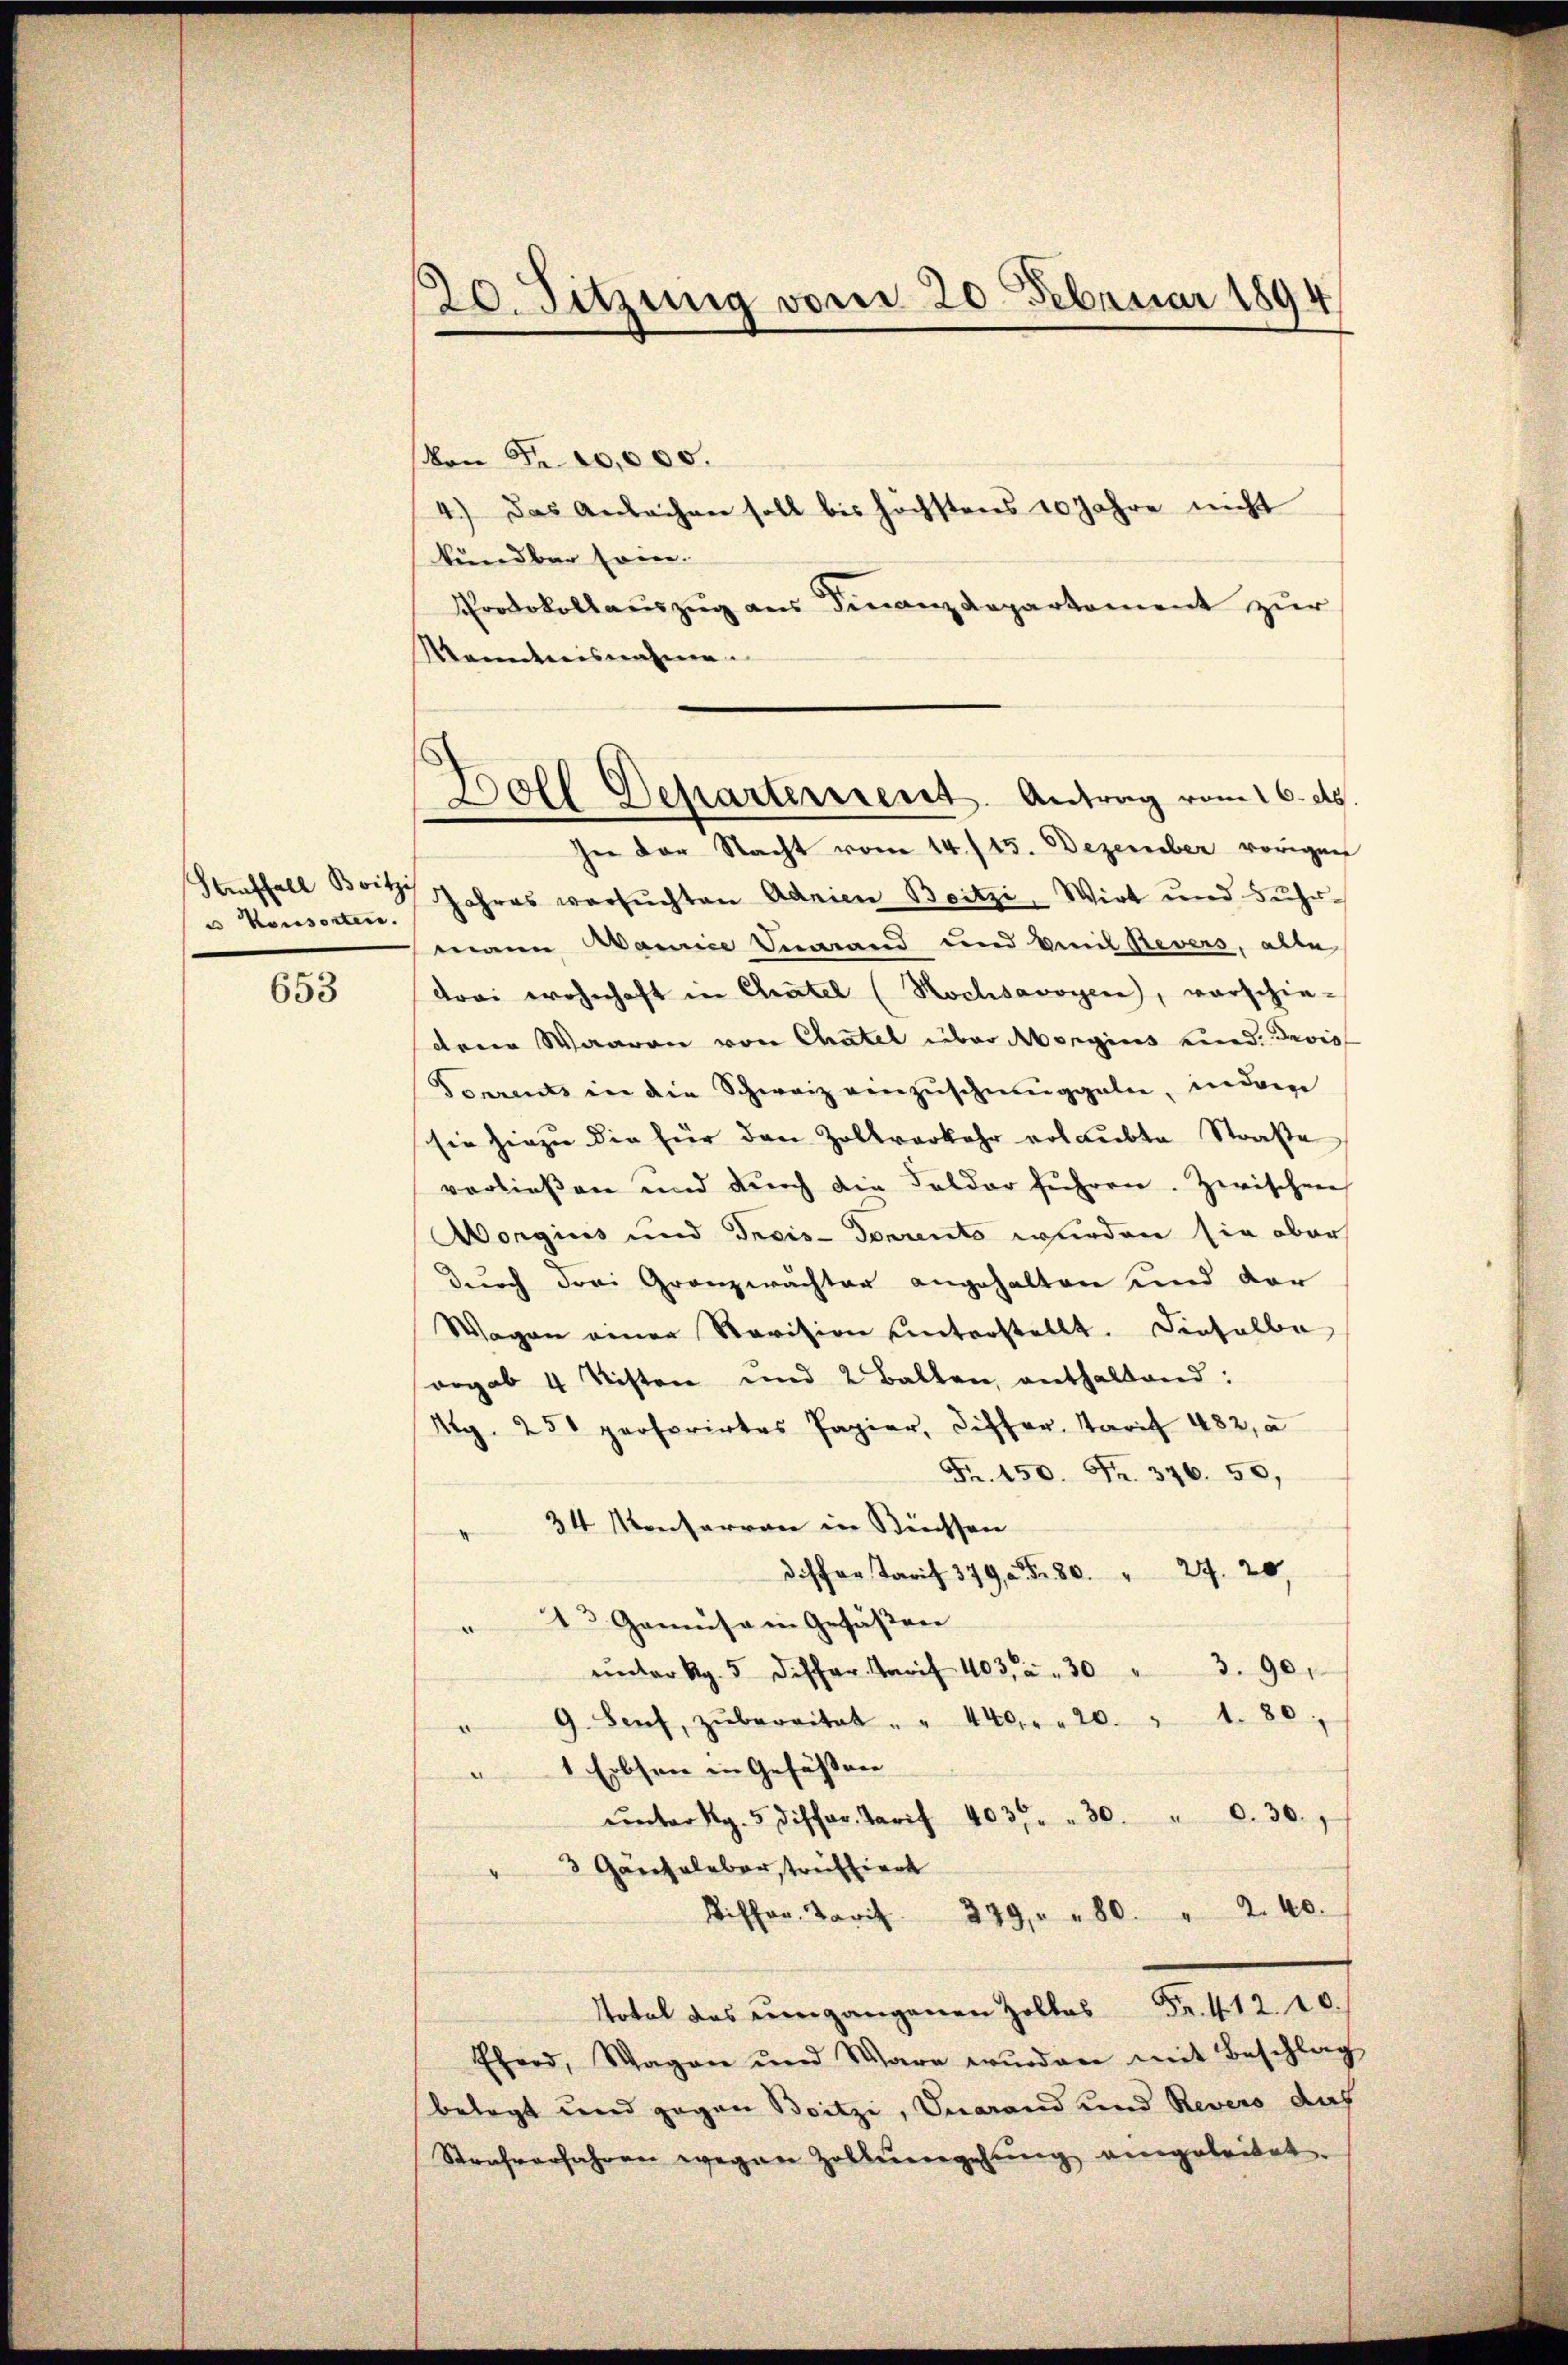
u Konsorten.
653

20. Sitzung vom 20. Februar 1894

Boll Departement. Antrag vom 16. ds.

Von Fr. 20,000.
4.) Das Anlachen soll bis höchstens 10 Jahre nicht
kündbar sein.
Protokollsauszug aus Finanzdepartement zur
Mandernisnahmen
In der Nacht vom 14. / 45. Dezember vorigen
Seuffall Bart Jahres versuchten Admien Beitzi, Wirt und Fuhr-
mann Marie Finand und Emil Revers, alle
drei wohnhaft in Chatel (Rochsavoyen), verschie-
denen Waaren von Chatel über Morgins eid. Devis
Torrents in die Schweiz einzuschmuggelen, indem
sie hiezu die für den Zollverkehr erlaubte Straße
vorließen und dŭrch die Felder führen. Zwischen
orgius und Dreis-Donrento wurden sie aber
durch drei Granzwächter angehalten und der
Wagen einer Revision unterstellt. Dieselbe
orgab 4 Kisten und 2 Balten, enthaltend:
Ag. 250 persorirtes Papier, Differ Tarif 482, u
Fr. 150. Fr. 376. 50.
34 Montarren in Biessen
deser Tarif 379, Fr. 80 " 24. 20,
23 Gemüse in Gesäßen
ŭnter ag. 5 differ Greif 403, u. 30 " 3. 90.
" 9. Senf, zŭbereitet . " 440 " " 20 " 1. 80,
1 Erbsen in Gefässen
ŭnter Kg. 5 differ. Tarif 403. " 30. " 0. 30.
3 Gänseleber, treffiert
Bisher Paris 279 " 80. " 240.
Total des umgangenen Zollos Fr. 412. 10.
Eferd, Wagen und Ware wŭrden mit Beschlag
belegt und gegen Beitze, Vuarand und Revers dah
Strafverfahren wegen Zollumgehung eingeleitet.